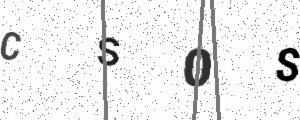
Text: CS0S